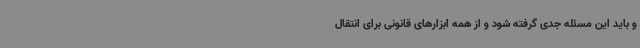
و باید این مسئله جدی گرفته شود و از همه ابزارهای قانونی برای انتقال